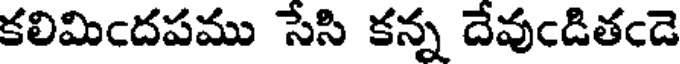
కలిమిఁదపము సేసి కన్న దేవుఁడితఁడె